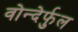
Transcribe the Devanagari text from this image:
वोन्देर्फुल